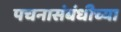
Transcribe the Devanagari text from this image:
पचनासंबंधीच्या